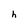
Character: h